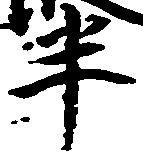
半